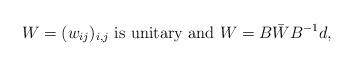
LaTeX: \begin{align*} W = (w_{ij})_{i,j} \mbox{ is unitary and } W = B\bar{W} B^{-1}d,\end{align*}